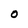
Character: 0